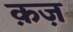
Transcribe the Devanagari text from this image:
क़ज़